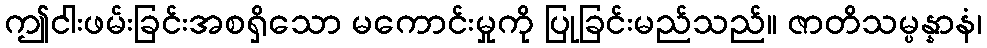
ဤငါးဖမ်းခြင်းအစရှိသော မကောင်းမှုကို ပြုခြင်းမည်သည်။ ဇာတိသမ္ပန္နာနံ၊